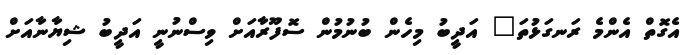
އެގޮތް އެންމެ ރަނގަޅުތަ" އަދީބު މިހެން ބުނުމުން ސޮފޫރާއަށް ވިސްނުނީ އަދީބު ޝިޔާނާއަށް